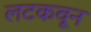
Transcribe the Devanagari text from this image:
लटकवून